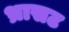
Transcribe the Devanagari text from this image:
भ्रासट